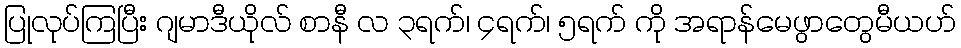
ပြုလုပ်ကြပြီး ဂျမာဒီယိုလ် စာနီ လ ၃ရက်၊ ၄ရက်၊ ၅ရက် ကို အရာန်မေဖွာတွေမီယဟ်